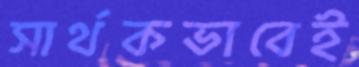
সার্থকভাবেই